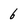
Character: 6